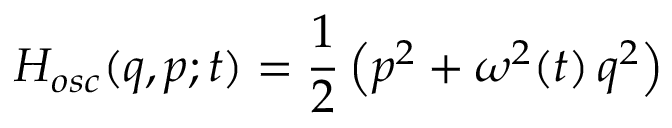
H _ { o s c } ( q , p ; t ) = { \frac { 1 } { 2 } } \left( p ^ { 2 } + \omega ^ { 2 } ( t ) \, q ^ { 2 } \right)